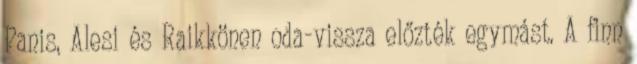
Panis, Alesi és Raikkönen oda-vissza előzték egymást. A finn